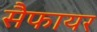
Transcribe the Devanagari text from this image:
सैफायर